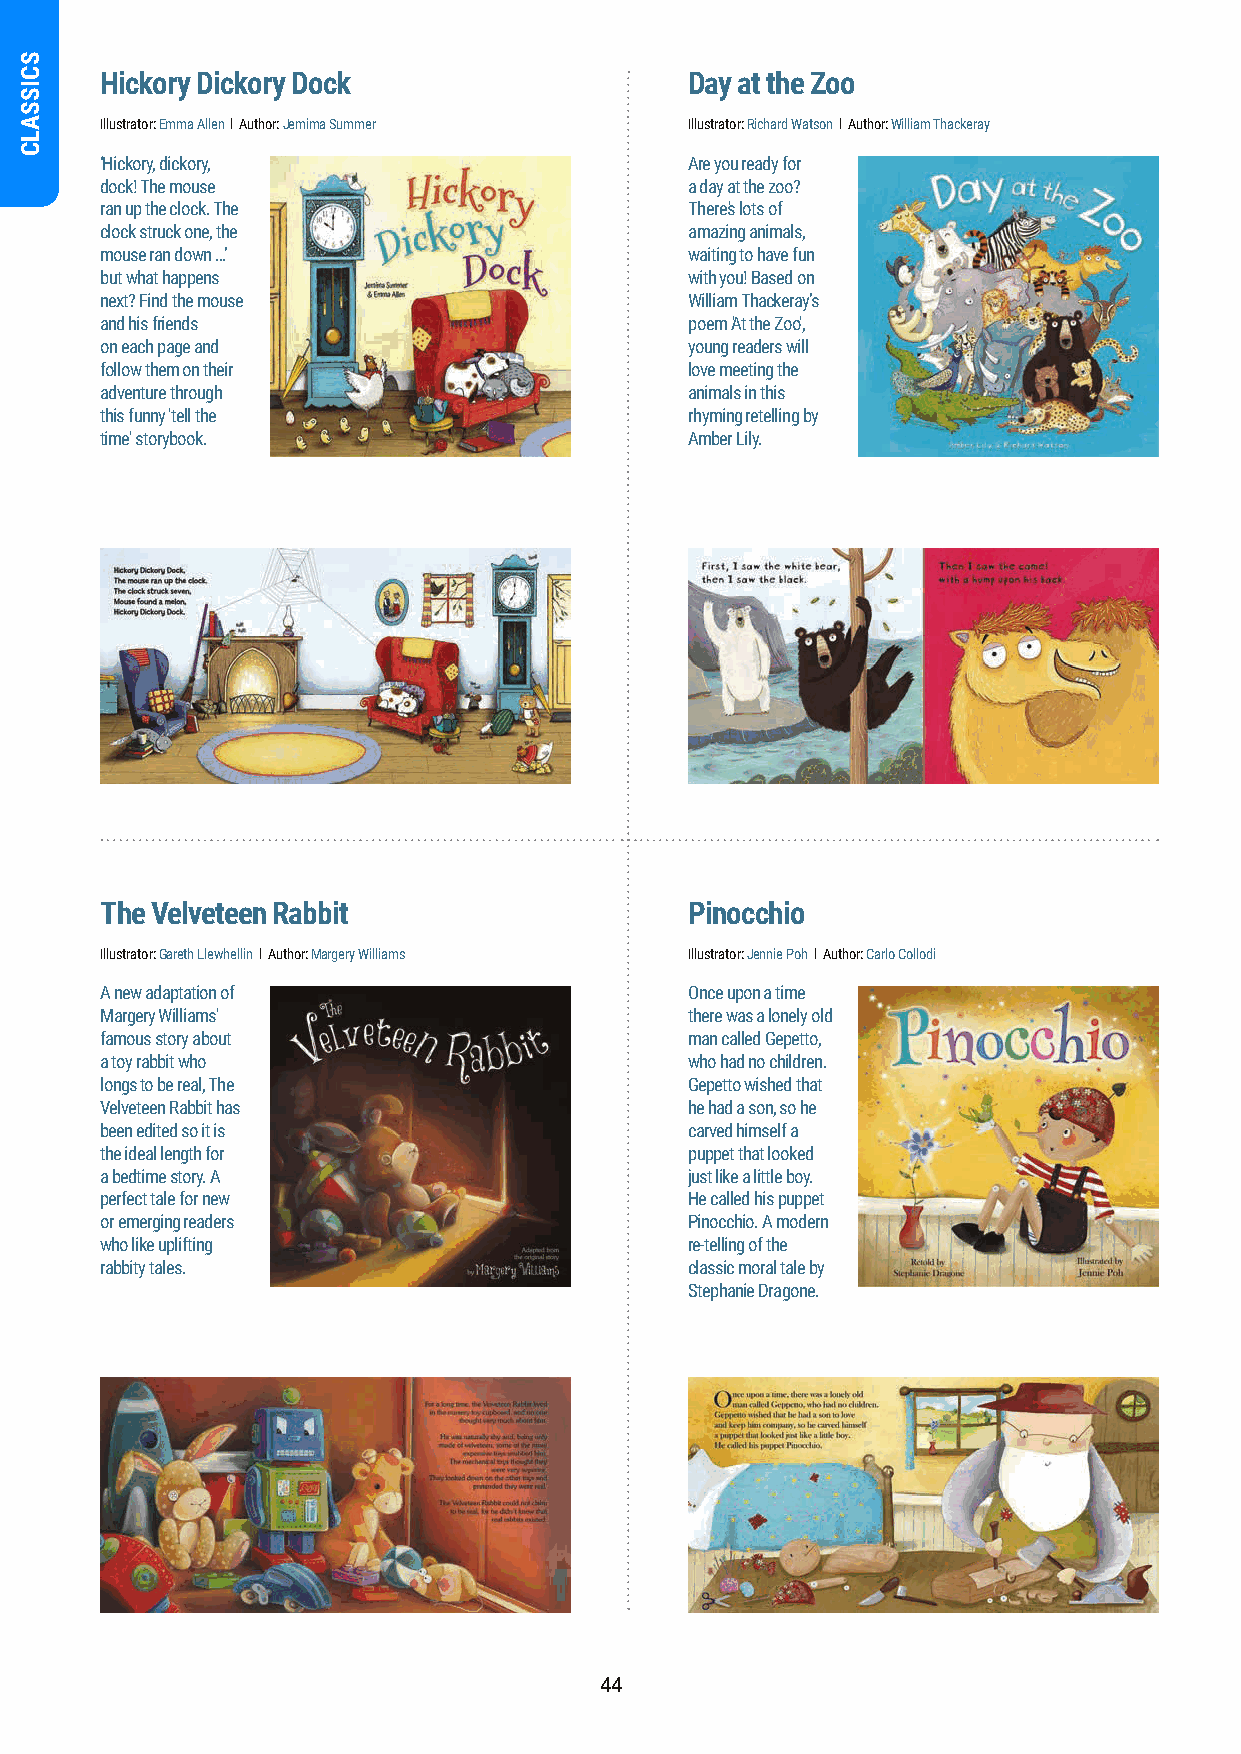
Hickory Dickory Dock                   Day at the Zoo
 Illustrator: Emma Allen l Author: Jemima Summer Illustrator: Richard Watson l Author: William Thackeray
 ‘Hickory, dickory,                     Are you ready for
 dock! The mouse                        a day at the zoo?
 ran up the clock. The                  There's lots of
 clock struck one, the                  amazing animals,
 mouse ran down …’                      waiting to have fun
 but what happens                       with you! Based on
 next? Find the mouse                   William Thackeray’s
 and his friends                        poem 'At the Zoo',
 on each page and                       young readers will
 follow them on their                   love meeting the
 adventure through                      animals in this
 this funny 'tell the                   rhyming retelling by
 time' storybook.                       Amber Lily.
 The Velveteen Rabbit                   Pinocchio
 Illustrator: Gareth Llewhellin l Author: Margery Williams Illustrator: Jennie Poh l Author: Carlo Collodi
 A new adaptation of                    Once upon a time
 Margery Williams'                      there was a lonely old
 famous story about                     man called Gepetto,
 a toy rabbit who                       who had no children.
 longs to be real, The                  Gepetto wished that
 Velveteen Rabbit has                   he had a son, so he
 been edited so it is                   carved himself a
 the ideal length for                   puppet that looked
 a bedtime story. A                     just like a little boy.
 perfect tale for new                   He called his puppet
 or emerging readers                    Pinocchio. A modern
 who like uplifting                     re-telling of the
 rabbity tales.                         classic moral tale by
 Stephanie Dragone.
 44
 SCISSALC